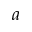
a